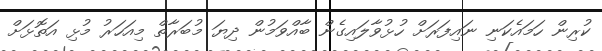
ކުރިން ހަމައެކަނި ނައިފަރަށް ހުޅުވާލައިގެން ބާއްވަމުން ދިޔަ މުބަރާތް މިއަހަރު މުޅި އަތޮޅަށް